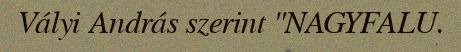
Vályi András szerint "NAGYFALU.